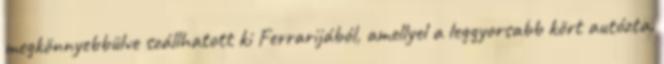
megkönnyebbülve szállhatott ki Ferrarijából, amellyel a leggyorsabb kört autózta.